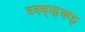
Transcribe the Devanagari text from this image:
द्द्क्द्क्क्फ्